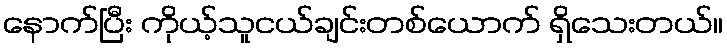
နောက်ပြီး ကိုယ့်သူငယ်ချင်းတစ်ယောက် ရှိသေးတယ်။